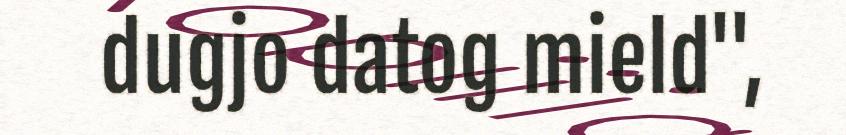
dugjo datog mield",